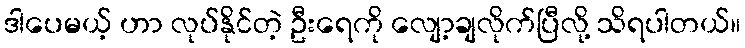
ဒါပေမယ့် ဟာ လုပ်နိုင်တဲ့ ဦးရေကို လျော့ချလိုက်ပြီလို့ သိရပါတယ်။